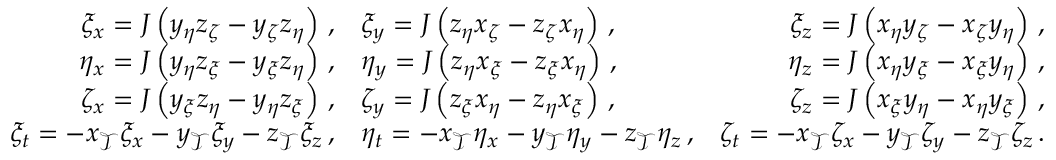
\begin{array} { r l r } { \xi _ { x } = J \left( y _ { \eta } z _ { \zeta } - y _ { \zeta } z _ { \eta } \right) \, \mathrm { , } } & { \xi _ { y } = J \left( z _ { \eta } x _ { \zeta } - z _ { \zeta } x _ { \eta } \right) \, \mathrm { , } } & { \xi _ { z } = J \left( x _ { \eta } y _ { \zeta } - x _ { \zeta } y _ { \eta } \right) \, \mathrm { , } } \\ { \eta _ { x } = J \left( y _ { \eta } z _ { \xi } - y _ { \xi } z _ { \eta } \right) \, \mathrm { , } } & { \eta _ { y } = J \left( z _ { \eta } x _ { \xi } - z _ { \xi } x _ { \eta } \right) \, \mathrm { , } } & { \eta _ { z } = J \left( x _ { \eta } y _ { \xi } - x _ { \xi } y _ { \eta } \right) \, \mathrm { , } } \\ { \zeta _ { x } = J \left( y _ { \xi } z _ { \eta } - y _ { \eta } z _ { \xi } \right) \, \mathrm { , } } & { \zeta _ { y } = J \left( z _ { \xi } x _ { \eta } - z _ { \eta } x _ { \xi } \right) \, \mathrm { , } } & { \zeta _ { z } = J \left( x _ { \xi } y _ { \eta } - x _ { \eta } y _ { \xi } \right) \, \mathrm { , } } \\ { \xi _ { t } = - x _ { \mathcal { T } } \xi _ { x } - y _ { \mathcal { T } } \xi _ { y } - z _ { \mathcal { T } } \xi _ { z } \, \mathrm { , } } & { \eta _ { t } = - x _ { \mathcal { T } } \eta _ { x } - y _ { \mathcal { T } } \eta _ { y } - z _ { \mathcal { T } } \eta _ { z } \, \mathrm { , } } & { \zeta _ { t } = - x _ { \mathcal { T } } \zeta _ { x } - y _ { \mathcal { T } } \zeta _ { y } - z _ { \mathcal { T } } \zeta _ { z } \, \mathrm { . } } \end{array}